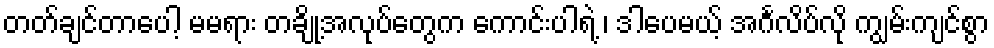
တတ်ချင်တာပေါ့ မမရား တချို့အလုပ်တွေက ကောင်းပါရဲ့ ၊ ဒါပေမယ့် အင်္ဂလိပ်လို ကျွမ်းကျင်စွာ